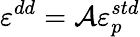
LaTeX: \varepsilon^{dd}={\cal A}\varepsilon_{p}^{std}